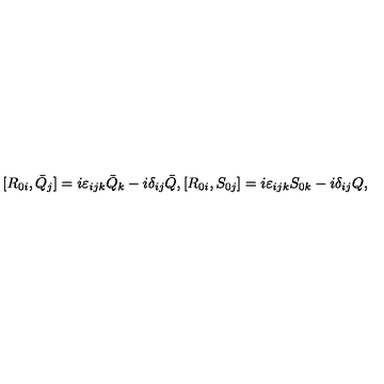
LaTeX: [ R _ { 0 i } , \bar { Q } _ { j } ] = i \varepsilon _ { i j k } \bar { Q } _ { k } - i \delta _ { i j } \bar { Q } , [ R _ { 0 i } , S _ { 0 j } ] = i \varepsilon _ { i j k } S _ { 0 k } - i \delta _ { i j } Q ,